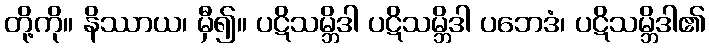
တို့ကို။ နိဿာယ၊ မှီ၍။ ပဋိသမ္ဘိဒါ ပဋိသမ္ဘိဒါ ပဘေဒံ၊ ပဋိသမ္ဘိဒါ၏